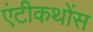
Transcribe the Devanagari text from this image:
एंटीकथोंस